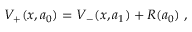
V _ { + } ( x , a _ { 0 } ) = V _ { - } ( x , a _ { 1 } ) + R ( a _ { 0 } ) ~ ,